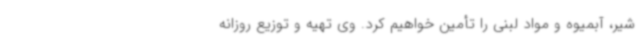
شیر، آبمیوه و مواد لبنی را تأمین خواهیم کرد. وی تهیه و توزیع روزانه